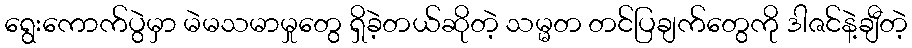
ရွေးကောက်ပွဲမှာ မဲမသမာမှုတွေ ရှိခဲ့တယ်ဆိုတဲ့ သမ္မတ တင်ပြချက်တွေကို ဒါဇင်နဲ့ချီတဲ့